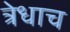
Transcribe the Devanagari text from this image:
त्रेधाच